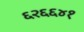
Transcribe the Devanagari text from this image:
६२६६४१